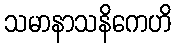
သမာနာသနိကေဟိ